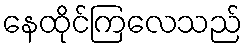
နေထိုင်ကြလေသည်